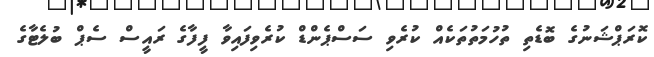
ކޮރަޕްޝަނުގެ ބޮޑެތި ތުހުމަތުތަކެއް ކުރެވި ސަސްޕެންޑް ކުރެވިފައިވާ ފީފާގެ ރައީސް ސެޕް ބުލެޓާގެ